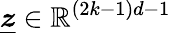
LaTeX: \underline{{\boldsymbol{z}}}\in\mathbb{R}^{(2k-1)d-1}